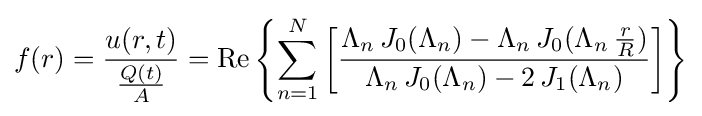
f(r)={\frac {u(r,t)}{\frac {Q(t)}{A}}}=\mathrm {Re} \left\{\sum _{n=1}^{N}\left[{\frac {\Lambda _{n}\,J_{0}(\Lambda _{n})-\Lambda _{n}\,J_{0}(\Lambda _{n}\,{\frac {r}{R}})}{\Lambda _{n}\,J_{0}(\Lambda _{n})-2\,J_{1}(\Lambda _{n})}}\right]\right\}